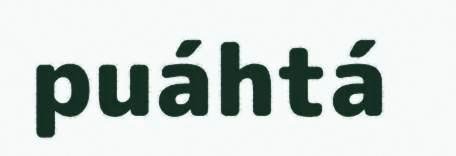
puáhtá